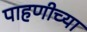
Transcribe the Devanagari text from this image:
पाहणीच्या